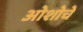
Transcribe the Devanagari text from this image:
ओशोचे